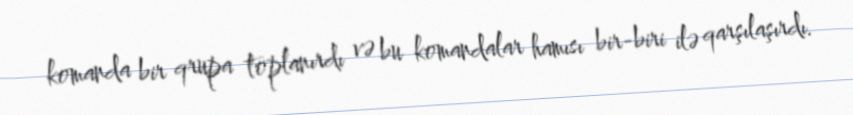
komanda bir qrupa toplanırdı və bu komandalar hamısı bir-biri ilə qarşılaşırdı.